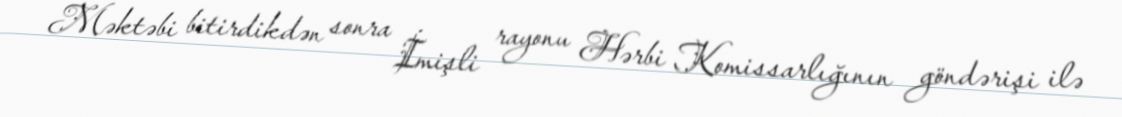
Məktəbi bitirdikdən sonra İmişli rayonu Hərbi Komissarlığının göndərişi ilə